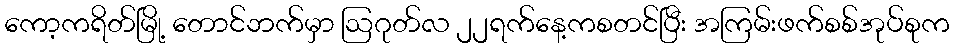
ကော့ကရိတ်မြို့ တောင်ဘက်မှာ ဩဂုတ်လ ၂၂ရက်နေ့ကစတင်ပြီး အကြမ်းဖက်စစ်အုပ်စုက